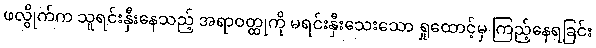
ဖလွိုက်က သူရင်းနှီးနေသည့် အရာဝတ္ထုကို မရင်းနှီးသေးသော ရှုထောင့်မှ ကြည့်နေရခြင်း